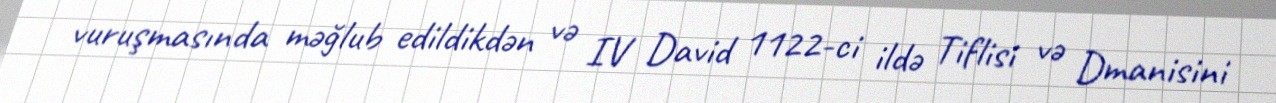
vuruşmasında məğlub edildikdən və IV David 1122-ci ildə Tiflisi və Dmanisini